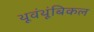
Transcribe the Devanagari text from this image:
थूवंथूंबिकल